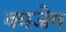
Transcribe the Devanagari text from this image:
काजेम